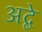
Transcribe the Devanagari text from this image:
अब्दे